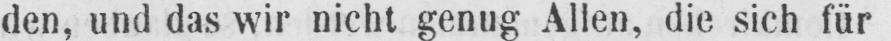
den, und das wir nicht genug Allen, die sich für